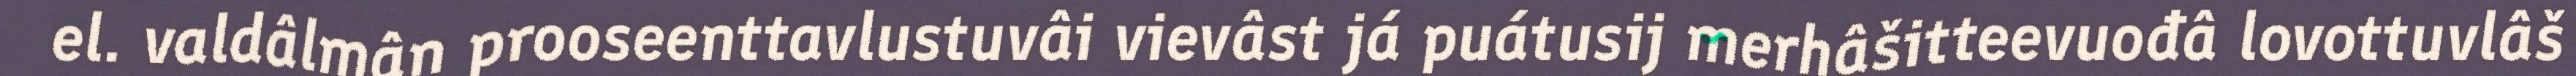
el. valdâlmân prooseenttavlustuvâi vievâst já puátusij merhâšitteevuođâ lovottuvlâš